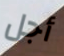
أجل